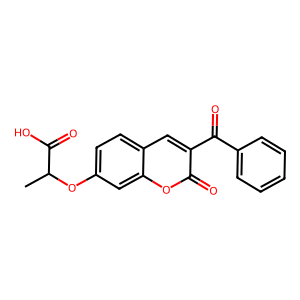
SMILES: CC(Oc1ccc2cc(C(=O)c3ccccc3)c(=O)oc2c1)C(=O)O
Inhibits HIV replication: No